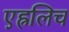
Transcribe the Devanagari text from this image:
एह्रलिच